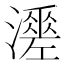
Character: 𤁺